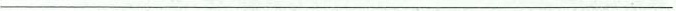
___